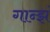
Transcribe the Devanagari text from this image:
गान्झं